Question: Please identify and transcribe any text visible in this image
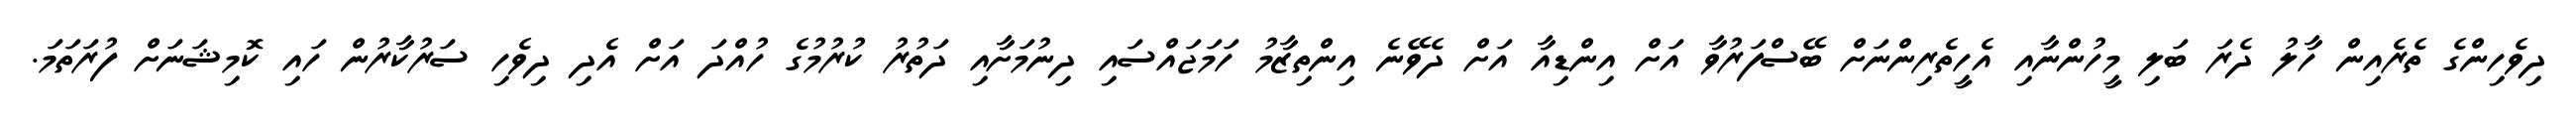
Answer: ދިވެހިންގެ ތެރެއިން ހާލު ދެރަ ބަލި މީހުންނާއި އެހީތެރިންނަށް ބޭސްފަރުވާ އަށް އިންޑިއާ އަށް ދެވޭނެ އިންތިޒާމު ހަމަޖައްސައި ދިނުމަށާއި ދަތުރު ކުރުމުގެ ހުއްދަ އަށް އެދި ދިވެހި ސަރުކާރުން ހައި ކޮމިޝަނަށް ފުރަތަމަ.